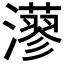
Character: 𤁸